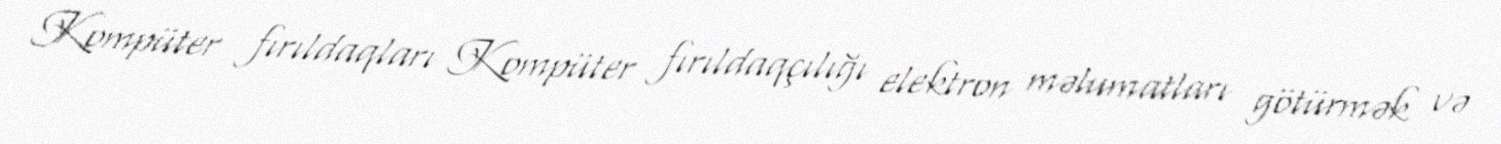
Kompüter fırıldaqları Kompüter fırıldaqçılığı elektron məlumatları götürmək və